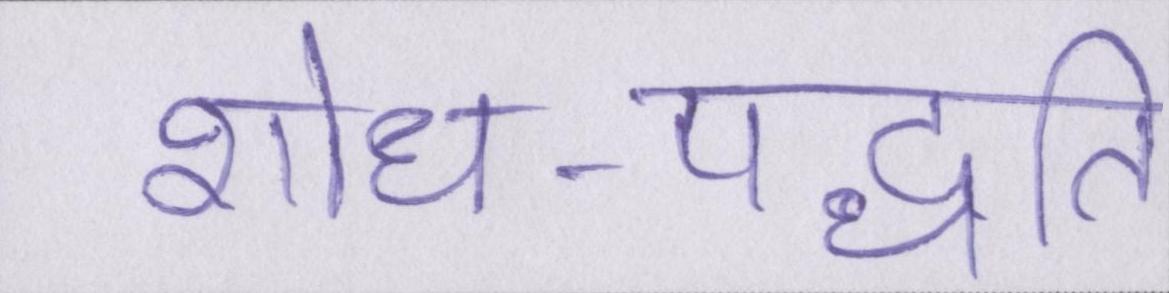
शोध-पद्धति